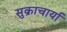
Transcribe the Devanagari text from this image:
सुक्राचार्या